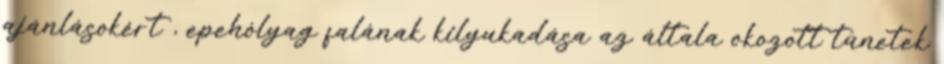
ajánlásokért , epehólyag falának kilyukadása az általa okozott tünetek